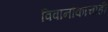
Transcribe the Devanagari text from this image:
विवानौकांचाही